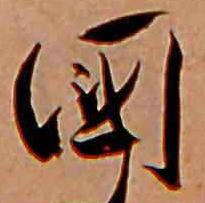
国